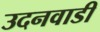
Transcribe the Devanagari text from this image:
उदनवाडी